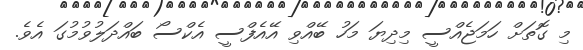
މި ގޮތަށް ހަމަޖެއްސީ މިދިޔަ މަހު ބޭއްވި އޭއެފްސީ އެކްސޯ ބައްދަލުވުމުގަ އެވެ.